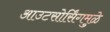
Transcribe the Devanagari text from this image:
आउटसोर्सिंगमुळे